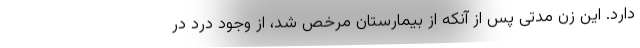
دارد. این زن مدتی پس از آنکه از بیمارستان مرخص شد، از وجود درد در